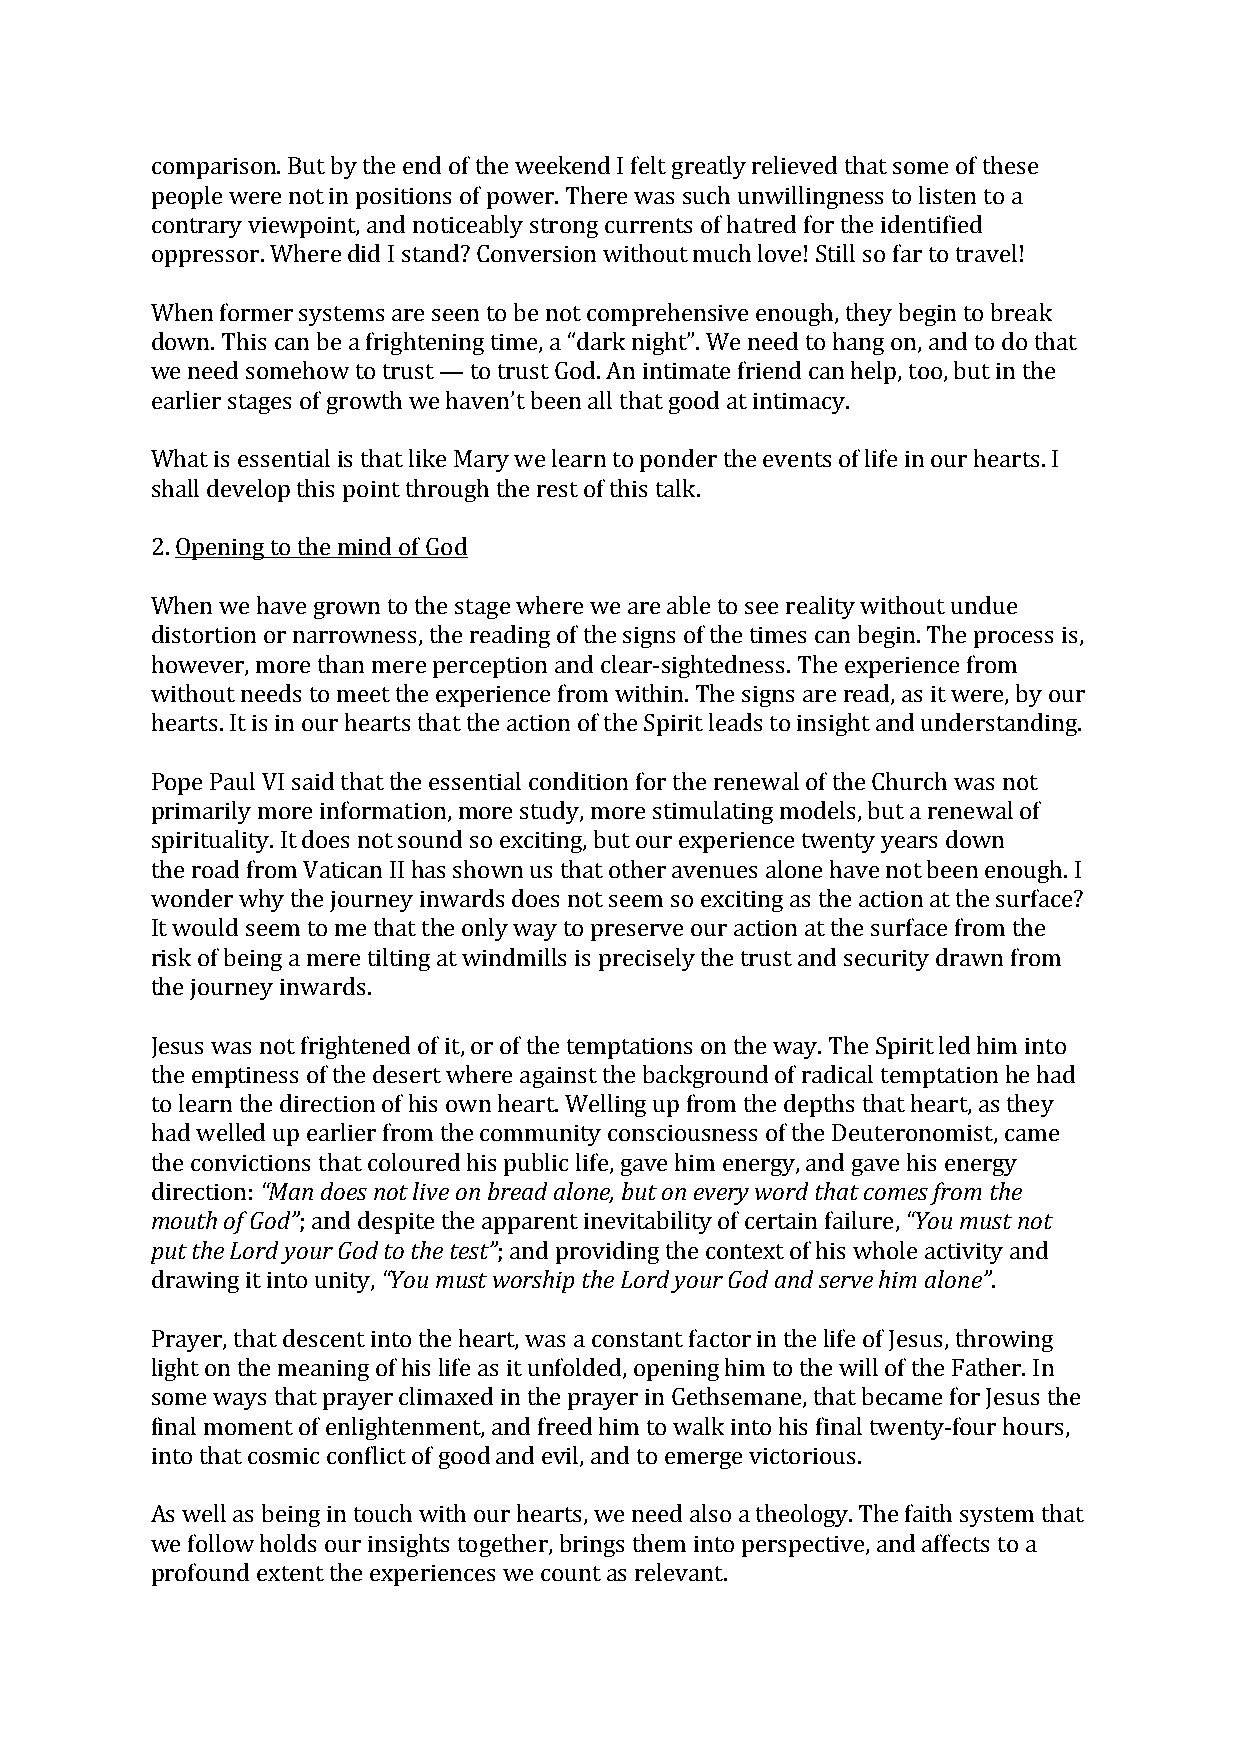
comparison. But by the end of the weekend I felt greatly relieved that some of these
 people were not in positions of power. There was such unwillingness to listen to a
 contrary viewpoint, and noticeably strong currents of hatred for the identified
 oppressor. Where did I stand? Conversion without much love! Still so far to travel!
 When former systems are seen to be not comprehensive enough, they begin to break
 down. This can be a frightening time, a “dark night”. We need to hang on, and to do that
 we need somehow to trust — to trust God. An intimate friend can help, too, but in the
 earlier stages of growth we haven’t been all that good at intimacy.
 What is essential is that like Mary we learn to ponder the events of life in our hearts. I
 shall develop this point through the rest of this talk.
 2. Opening to the mind of God
 When we have grown to the stage where we are able to see reality without undue
 distortion or narrowness, the reading of the signs of the times can begin. The process is,
 however, more than mere perception and clear-­‐sightedness. The experience from
 without needs to meet the experience from within. The signs are read, as it were, by our
 hearts. It is in our hearts that the action of the Spirit leads to insight and understanding.
 Pope Paul VI said that the essential condition for the renewal of the Church was not
 primarily more information, more study, more stimulating models, but a renewal of
 spirituality. It does not sound so exciting, but our experience twenty years down
 the road from Vatican II has shown us that other avenues alone have not been enough. I
 wonder why the journey inwards does not seem so exciting as the action at the surface?
 It would seem to me that the only way to preserve our action at the surface from the
 risk of being a mere tilting at windmills is precisely the trust and security drawn from
 the journey inwards.
 Jesus was not frightened of it, or of the temptations on the way. The Spirit led him into
 the emptiness of the desert where against the background of radical temptation he had
 to learn the direction of his own heart. Welling up from the depths that heart, as they
 had welled up earlier from the community consciousness of the Deuteronomist, came
 the convictions that coloured his public life, gave him energy, and gave his energy
 direction: “Man does not live on bread alone, but on every word that comes from the
 mouth of God”; and despite the apparent inevitability of certain failure, “You must not
 put the Lord your God to the test”; and providing the context of his whole activity and
 drawing it into unity, “You must worship the Lord your God and serve him alone”.
 Prayer, that descent into the heart, was a constant factor in the life of Jesus, throwing
 light on the meaning of his life as it unfolded, opening him to the will of the Father. In
 some ways that prayer climaxed in the prayer in Gethsemane, that became for Jesus the
 final moment of enlightenment, and freed him to walk into his final twenty-­‐four hours,
 into that cosmic conflict of good and evil, and to emerge victorious.
 As well as being in touch with our hearts, we need also a theology. The faith system that
 we follow holds our insights together, brings them into perspective, and affects to a
 profound extent the experiences we count as relevant.